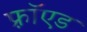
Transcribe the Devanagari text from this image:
फ़्रॉएड